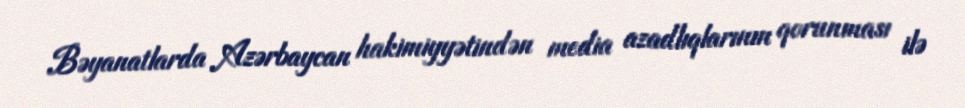
Bəyanatlarda Azərbaycan hakimiyyətindən media azadlıqlarının qorunması ilə